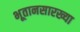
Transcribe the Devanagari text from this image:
भूतानसारख्या